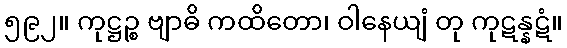
၅၉၂။ ကုဋ္ဌဉ္စ ဗျာဓိ ကထိတော၊ ဝါနေယျံ တု ကုဋန္နဋံ။